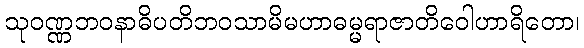
သုဝဏ္ဏဘဝနာဓိပတိဘဝသာမိမဟာဓမ္မရာဇာတိဝေါဟာရိတော၊